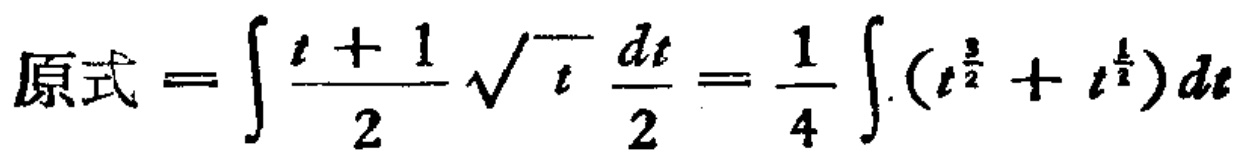
原式 = \(\int \frac{t + 1}{2} \sqrt{t} \frac{dt}{2} = \frac{1}{4} \int (t^{\frac{3}{2}} + t^{\frac{1}{2}}) dt\)